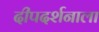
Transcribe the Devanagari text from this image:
दीपदर्शनाला